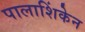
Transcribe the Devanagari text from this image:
पालाशिंकेन